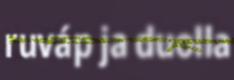
ruváp ja duolla